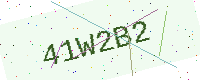
Text: 41W2B2